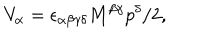
V _ { \alpha } = \epsilon _ { \alpha \beta \gamma \delta } \mathbf { M } ^ { \beta \gamma } p ^ { \delta } / 2 ,